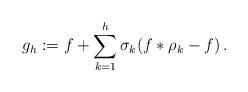
LaTeX: \begin{align*}g_h := f + \sum_{k=1}^{h} \sigma_k(f*\rho_k-f)\, .\end{align*}